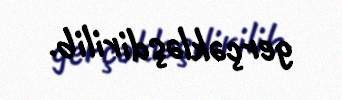
gerçəkləşdirilib.